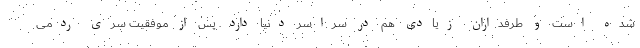
شده است و طرفداران زیادی هم در سراسر دنیا دارد. پس از موفقیت سری ردمی